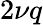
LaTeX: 2\nu q